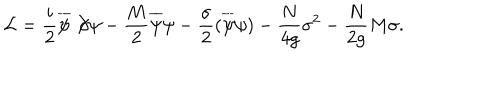
{ \cal L } = \frac { i } 2 \overline { { \psi } } \not \! \partial \psi - \frac { M } 2 \overline { { \psi } } \psi - \frac { \sigma } 2 ( \overline { { \psi } } \psi ) - \frac { N } { 4 g } \sigma ^ { 2 } - \frac { N } { 2 g } M \sigma .